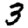
Digit: 3